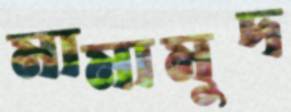
মামামুদ